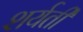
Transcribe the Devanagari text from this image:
शर्यतीं